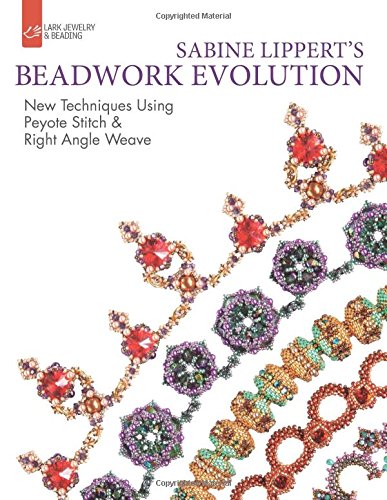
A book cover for Sabine Lippert's Beadwork Evolution: New Techniques Using Peyote Stitch and Right Angle Weave (Lark Jewelry & Beading Bead Inspirations); Sabine Lippert; Crafts, Hobbies & Home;